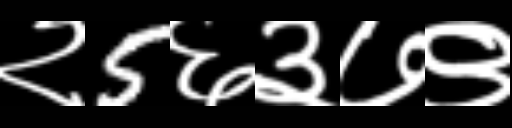
Text: २5६३७९